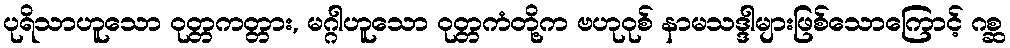
ပုရိသာဟူသော ဝုတ္တကတ္တား, မဂ္ဂါဟူသော ဝုတ္တကံတို့က ဗဟုဝုစ် နာမသဒ္ဒါများဖြစ်သောကြောင့် ဂစ္ဆ